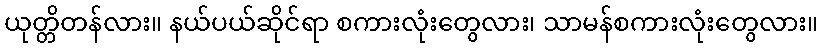
ယုတ္တိတန်လား။ နယ်ပယ်ဆိုင်ရာ စကားလုံးတွေလား၊ သာမန်စကားလုံးတွေလား။